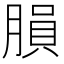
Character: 䐣